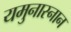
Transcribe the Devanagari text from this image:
यमुनास्नान